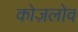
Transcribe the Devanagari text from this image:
कोज़लोव